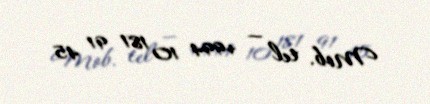
Mob. tel — +994 10 181 91 45